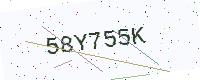
Text: 58Y755K